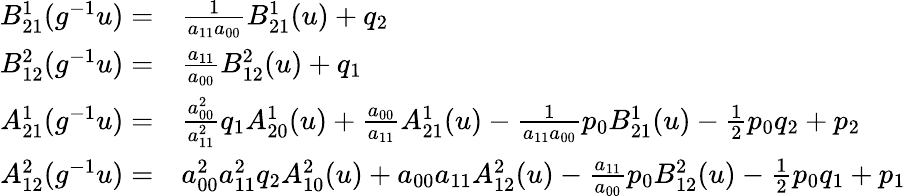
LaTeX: \begin{array}{rl}{B_{21}^{1}(g^{-1}u)=}&{\frac{1}{a_{11}a_{00}}B_{21}^{1}(u)+q_{2}}\\ {B_{12}^{2}(g^{-1}u)=}&{\frac{a_{11}}{a_{00}}B_{12}^{2}(u)+q_{1}}\\ {A_{21}^{1}(g^{-1}u)=}&{{\frac{a_{00}^{2}}{a_{11}^{2}}q_{1}A_{20}^{1}(u)+\frac{a_{00}}{a_{11}}A_{21}^{1}(u)-\frac{1}{a_{11}a_{00}}p_{0}B_{21}^{1}(u)-\textstyle{\frac 12}p_{0}q_{2}+p_{2}}}\\ {A_{12}^{2}(g^{-1}u)=}&{a_{00}^{2}a_{11}^{2}q_{2}A_{10}^{2}(u)+a_{00}a_{11}A_{12}^{2}(u)-\frac{a_{11}}{a_{00}}p_{0}B_{12}^{2}(u)-\textstyle{\frac 12}p_{0}q_{1}+p_{1}}\end{array}